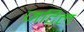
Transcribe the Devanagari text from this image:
जटिल